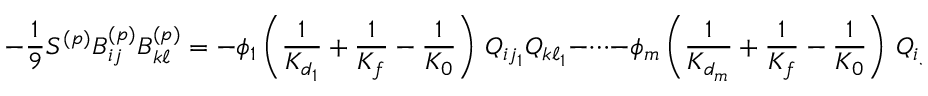
- \frac { 1 } { 9 } S ^ { ( p ) } B _ { i j } ^ { ( p ) } B _ { k \ell } ^ { ( p ) } = - \phi _ { 1 } \left( \frac { 1 } { K _ { d _ { 1 } } } + \frac { 1 } { K _ { f } } - \frac { 1 } { K _ { 0 } } \right) \, Q _ { i j _ { 1 } } Q _ { k \ell _ { 1 } } - \dots - \phi _ { m } \left( \frac { 1 } { K _ { d _ { m } } } + \frac { 1 } { K _ { f } } - \frac { 1 } { K _ { 0 } } \right) \, Q _ { i j _ { m } } Q _ { k \ell _ { m } } \, .